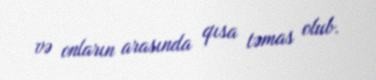
və onların arasında qısa təmas olub.